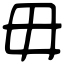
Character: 毋